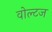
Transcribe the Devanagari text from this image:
वोल्टज